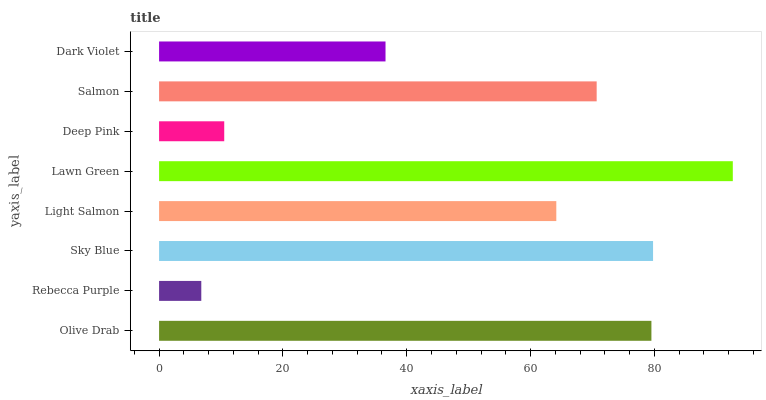
| yaxis_label | bars |
 | --- | --- |
 | Olive Drab | 79.5 |
 | Rebecca Purple | 6.82 |
 | Sky Blue | 79.8 |
 | Light Salmon | 64.2 |
 | Lawn Green | 92.7 |
 | Deep Pink | 10.5 |
 | Salmon | 70.7 |
 | Dark Violet | 36.6 |